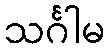
သင်္ဂါမ